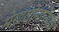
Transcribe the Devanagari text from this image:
मेगालोमानियक